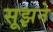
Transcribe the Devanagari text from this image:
सूझने